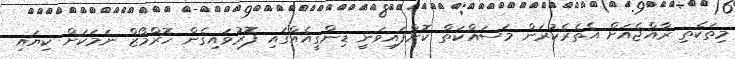
މިތަކެތި ރާއްޖެއަށް އެތެރެކުރަން މަސައްކަތް ކޮށްފައިވަނީ ޑިންގީއެއްގައި ފޮރުވައިގެން ހޮރްމޯޒް ނަމަކަށް ކިޔައި